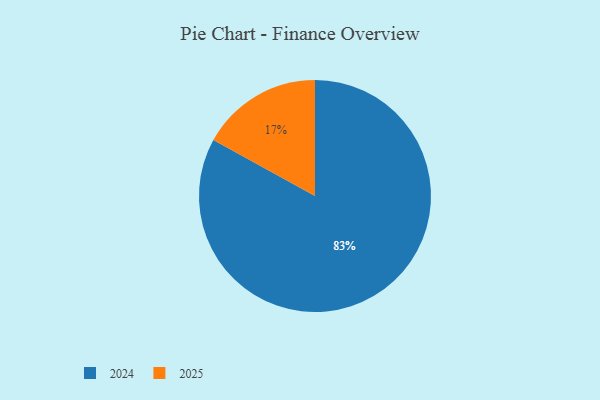
{"axis": {"x": "Category", "y": "Percentage"}, "legend": ["2024", "2025"], "data": [{"x": "2025", "y": 17, "type": "2025"}, {"x": "2024", "y": 83, "type": "2024"}]}